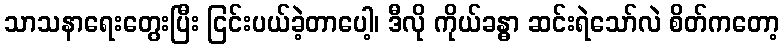
သာသနာရေးတွေးပြီး ငြင်းပယ်ခဲ့တာပေါ့၊ ဒီလို ကိုယ်ခန္ဓာ ဆင်းရဲသော်လဲ စိတ်ကတော့